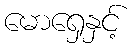
မောရှေနှင့်